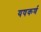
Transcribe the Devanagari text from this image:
यषकर्ण